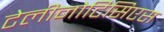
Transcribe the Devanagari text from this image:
टेलीनोटिसिएस